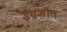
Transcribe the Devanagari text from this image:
ईंग्रजीत